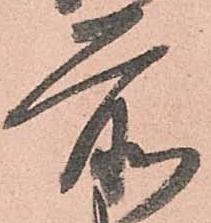
前